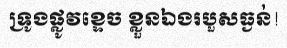
ទ្រូងផ្លូវខ្ទេច ខ្លួនឯងរបួសធ្ងន់!